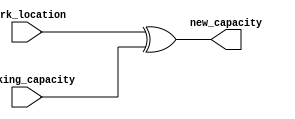
/*--  *******************************************************
--  Computer Architecture Course, Laboratory Sources 
--  Amirkabir University of Technology (Tehran Polytechnic)
--  Department of Computer Engineering (CE-AUT)
--  https://ce[dot]aut[dot]ac[dot]ir
--  *******************************************************
--  All Rights reserved (C) 2021-2022
--  *******************************************************
--  Student ID  : 
--  Student Name: 
--  Student Mail: 
--  *******************************************************
--  Additional Comments:
--
--*/

/*-----------------------------------------------------------
---  Module Name: calculate_new_capacity
-----------------------------------------------------------*/
`timescale 1 ns/1 ns

module calculate_new_capacity(
	park_location,
	parking_capacity,
	new_capacity);
	
	input [7:0] park_location;
	input [7:0] parking_capacity;
	output reg [7:0] new_capacity;

	always @ (parking_capacity or park_location)
	begin
		new_capacity = park_location ^ parking_capacity;
	end
	
endmodule